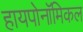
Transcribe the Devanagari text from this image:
हायपोनॉमिकल